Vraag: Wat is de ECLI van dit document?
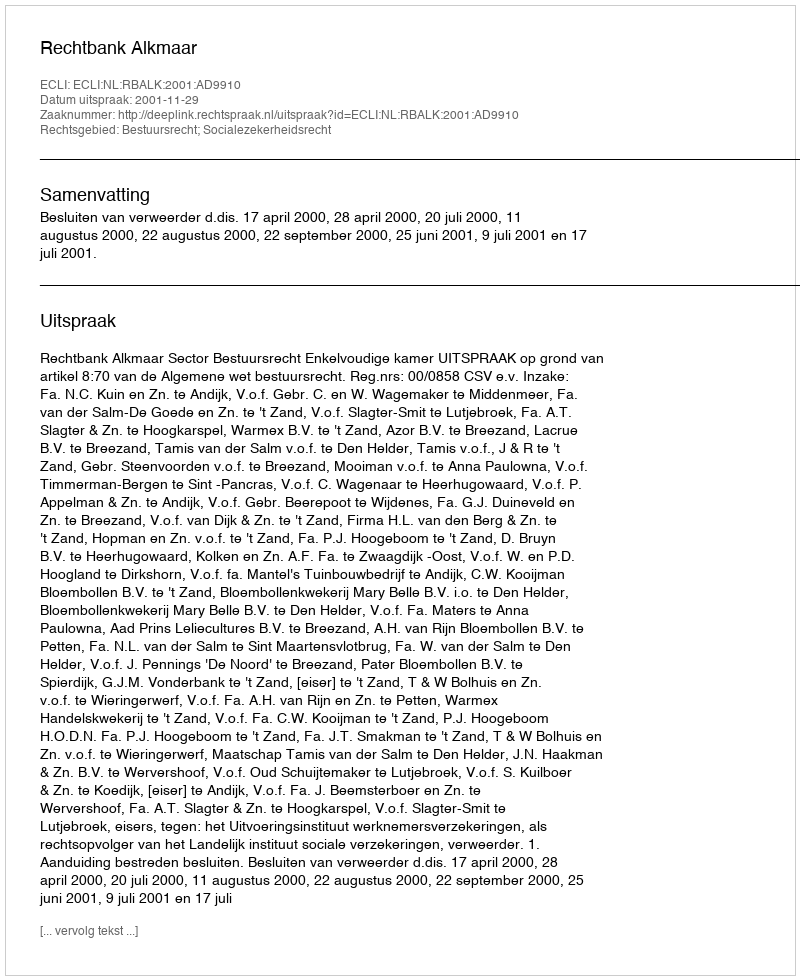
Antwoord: ECLI:NL:RBALK:2001:AD9910